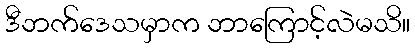
ဒီဘက်ဒေသမှာက ဘာကြောင့်လဲမသိ။